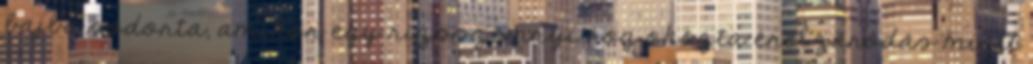
bajba sodorta, amikor egy rizsszemnyi rög okozta érelzáródás miatt